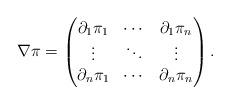
LaTeX: \begin{align*} \nabla\pi = \begin{pmatrix} \partial_1\pi_1 & \cdots & \partial_1\pi_n \\ \vdots & \ddots & \vdots \\ \partial_n\pi_1 & \cdots & \partial_n\pi_n \end{pmatrix}. \end{align*}